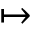
\mapsto